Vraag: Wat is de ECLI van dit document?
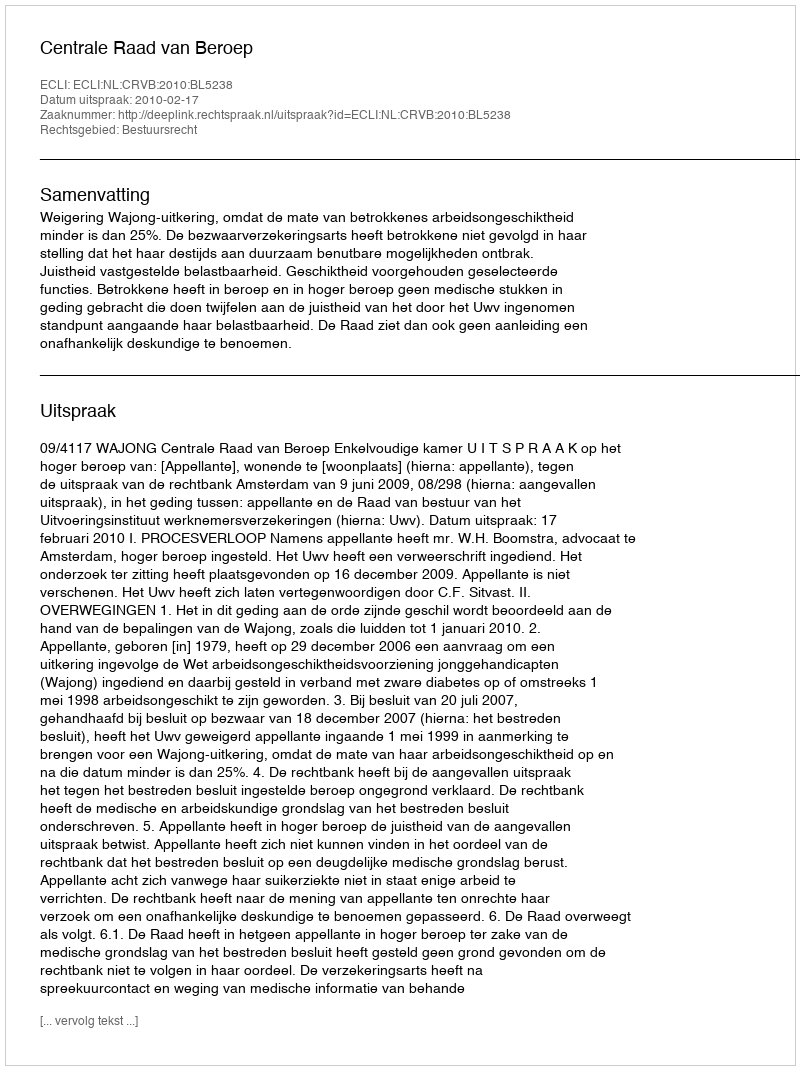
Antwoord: ECLI:NL:CRVB:2010:BL5238